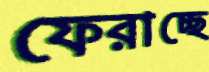
ফেরাচ্ছে